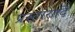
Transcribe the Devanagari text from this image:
प्रस्तारादि